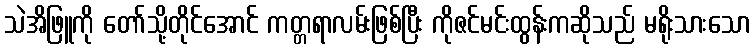
သဲအိဖြူကို တော်သို့တိုင်အောင် ကတ္တရာလမ်းဖြစ်ပြီး ကိုဇင်မင်းထွန်းကဆိုသည် မရိုးသားသော